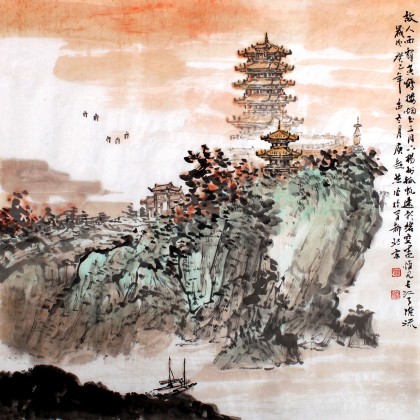
但东望故人翘首。